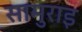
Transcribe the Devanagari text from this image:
सामुराइ